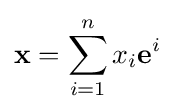
\mathbf {x} =\sum _{i=1}^{n}x_{i}\mathbf {e} ^{i}